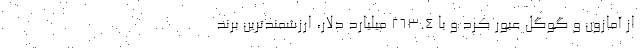
از آمازون و گوگل عبور کرد و با ۲۶۳.۴ میلیارد دلار، ارزشمندترین برند